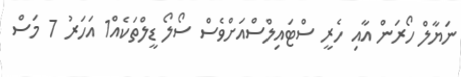
ނަޔާލް ހޯރަން އާއި ހެރީ ސްޓައިލްސްއަށްވެސް ސޯލޯ ޑީލްތަކެއް1 އަހަރު 7 މަސް